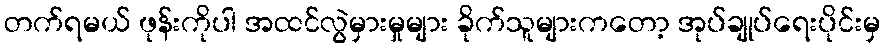
တက်ရမယ် ဖုန်းကိုပါ အထင်လွဲမှားမှုများ ခိုက်သူများကတော့ အုပ်ချုပ်ရေးပိုင်းမှ